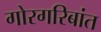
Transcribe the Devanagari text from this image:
गोरगरिबांत